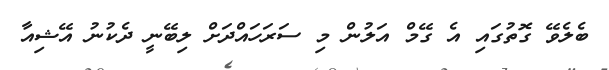
ބެލެވޭ ގޮތުގައި އެ ގޭމް އަލުން މި ސަރަހައްދަށް ލިބޭނީ ދެކުނު އޭޝިއާ